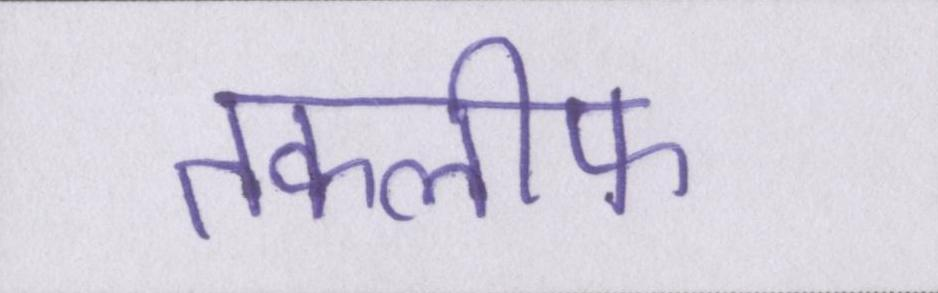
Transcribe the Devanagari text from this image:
तकलीफ